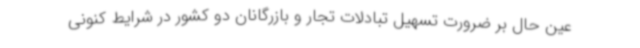
عین حال بر ضرورت تسهیل تبادلات تجار و بازرگانان دو کشور در شرایط کنونی